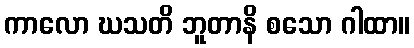
ကာလော ဃသတိ ဘူတာနိ စသော ဂါထာ။